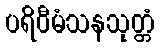
ပရိဝီမံသနသုတ္တံ